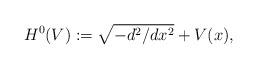
LaTeX: \begin{align*} H^0(V):=\sqrt{-d^2/dx^2}+V(x),\end{align*}